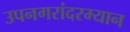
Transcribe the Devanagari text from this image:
उपनगरांदरम्यान